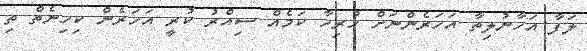
ލަފާ އަހާނުލިތާ އަހަރެންނަށް ހުރިހާ ކަމެއް ސިއްރު ކުރީ އަހަރެން ކިހިނެތް ތި